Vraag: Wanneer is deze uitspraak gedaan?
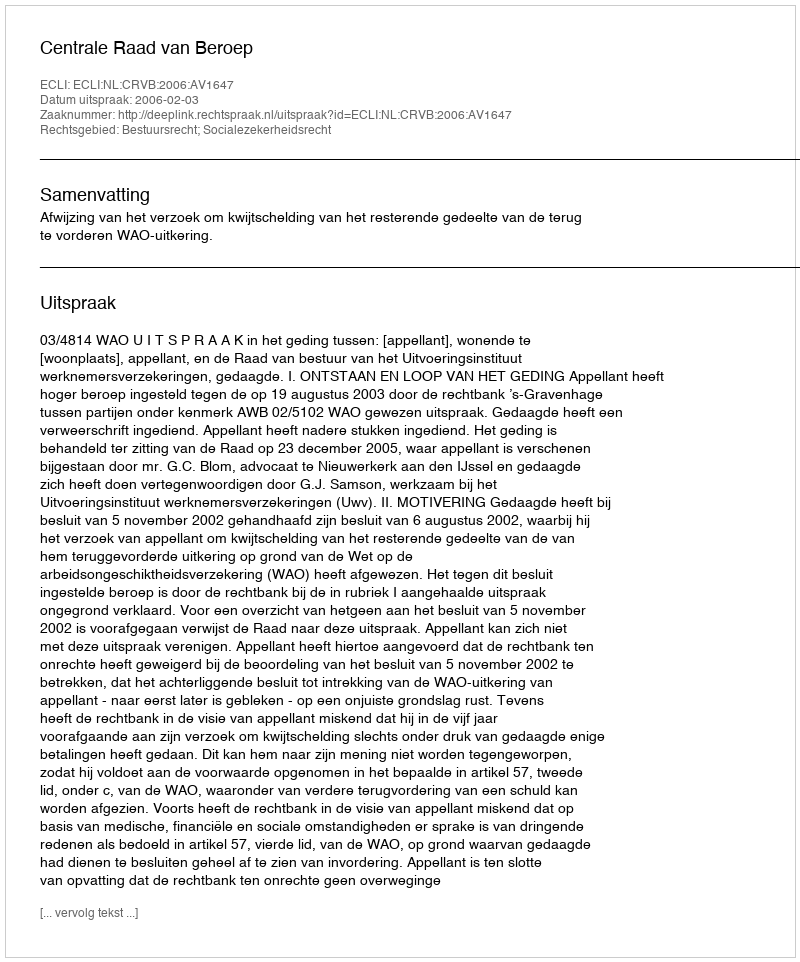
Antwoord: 2006-02-03